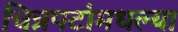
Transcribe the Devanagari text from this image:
चित्रपटांमधल्या